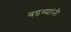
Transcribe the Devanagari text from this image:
बडव्यांनी